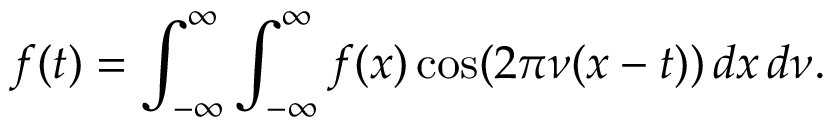
f ( t ) = \int _ { - \infty } ^ { \infty } \int _ { - \infty } ^ { \infty } f ( x ) \cos ( 2 \pi \nu ( x - t ) ) \, d x \, d \nu .